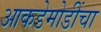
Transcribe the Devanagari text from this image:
आकडेमोडींचा